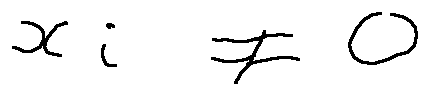
x _ { i } \neq 0